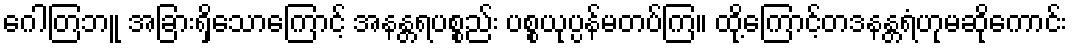
ဂေါတြဘူ အခြားရှိသောကြောင့် အနန္တရပစ္စည်း ပစ္စယုပ္ပန်မတပ်ကြ။ ထို့ကြောင့်တဒနန္တရံဟုမဆိုကောင်း